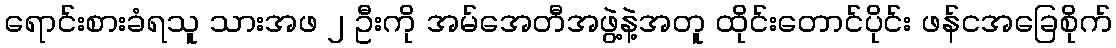
ရောင်းစားခံရသူ သားအဖ ၂ ဦးကို အမ်အေတီအဖွဲ့နဲ့အတူ ထိုင်းတောင်ပိုင်း ဖန်ငအခြေစိုက်